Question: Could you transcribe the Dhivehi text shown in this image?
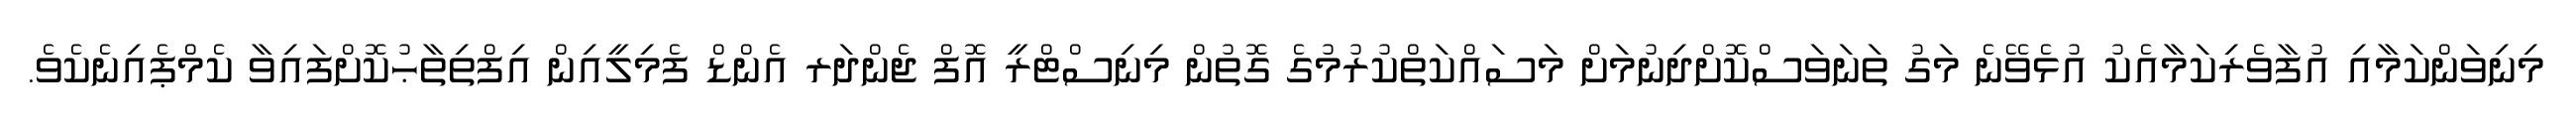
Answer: މިނިވަންކަމާއި އުފާވެރިކަމާއެކު އުޅެވޭނެ މަގު ތަނަވަސްކޮށްދިނުމަށް މަސައްކަތްކުރުމުގެ ގޮތުން މިނިސްޓްރީ އޮފް ޖެންދަރ އެންޑް ފެމިލީއިން އިފްތިތާޙުކޮށްފައިވާ ކެމްޕެއިނެކެވެ.